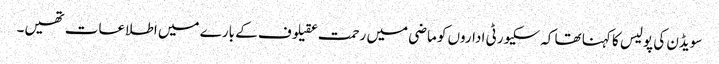
سویڈن کی پولیس کا کہنا تھا کہ سکیورٹی اداروں کو ماضی میں رحمت عقیلوف کے بارے میں اطلاعات تھیں۔